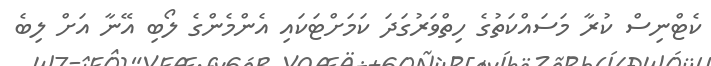
ކެޓްނިސް ކުރާ މަސައްކަތުގެ ހިތްވަރުގަދަ ކަމަށްޓަކައި އެންމެންގެ ލޯބި އޭނާ އަށް ލިބެ